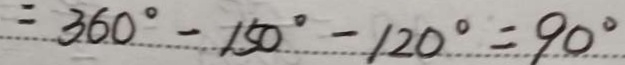
= 3 6 0 ^ { \circ } - 1 5 0 ^ { \circ } - 1 2 0 ^ { \circ } = 9 0 ^ { \circ }